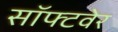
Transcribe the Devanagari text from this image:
सॉफ्‍टवेर